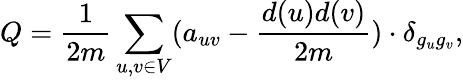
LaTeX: Q=\frac{1}{2m}\sum_{u,v\in V}(a_{uv}-\frac{d(u)d(v)}{2m})\cdot\delta_{g_{u}g_{v}},